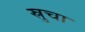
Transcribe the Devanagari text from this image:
स्रुचा